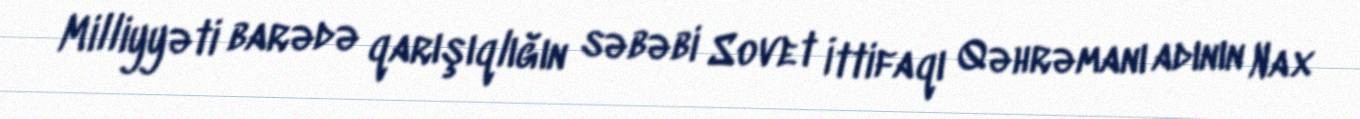
Milliyyəti barədə qarışıqlığın səbəbi Sovet İttifaqı Qəhrəmanı adının Nax